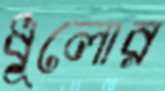
ধূলোর